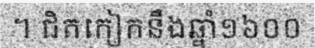
។ ជិតកៀកនឹងឆ្នាំ១៦០០